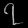
Digit: ၇